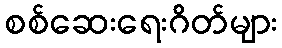
စစ်ဆေးရေးဂိတ်များ